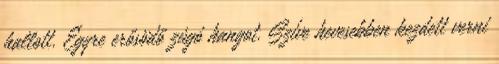
hallott. Egyre erősödő zúgó hangot. Szíve hevesebben kezdett verni